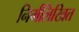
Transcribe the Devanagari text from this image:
निर्मलिखित